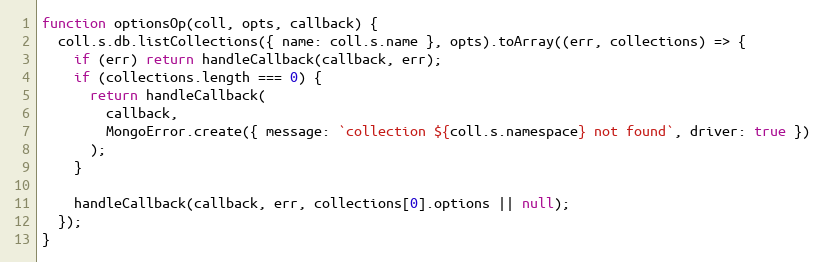
Language: JavaScript
function optionsOp(coll, opts, callback) {
  coll.s.db.listCollections({ name: coll.s.name }, opts).toArray((err, collections) => {
    if (err) return handleCallback(callback, err);
    if (collections.length === 0) {
      return handleCallback(
        callback,
        MongoError.create({ message: `collection ${coll.s.namespace} not found`, driver: true })
      );
    }

    handleCallback(callback, err, collections[0].options || null);
  });
}